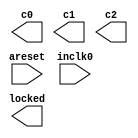
// megafunction wizard: %ALTPLL%VBB%
// GENERATION: STANDARD
// VERSION: WM1.0
// MODULE: altpll 

// ============================================================
// Megafunction Name(s):
// 			altpll
//
// Simulation Library Files(s):
// 			altera_mf
// ============================================================
// ************************************************************
// THIS IS A WIZARD-GENERATED FILE. DO NOT EDIT THIS FILE!
//
// 18.1.0 Build 625 09/12/2018 SJ Lite Edition
// ************************************************************

//Copyright (C) 2018  Intel Corporation. All rights reserved.
//Your use of Intel Corporation's design tools, logic functions 
//and other software and tools, and its AMPP partner logic 
//functions, and any output files from any of the foregoing 
//(including device programming or simulation files), and any 
//associated documentation or information are expressly subject 
//to the terms and conditions of the Intel Program License 
//Subscription Agreement, the Intel Quartus Prime License Agreement,
//the Intel FPGA IP License Agreement, or other applicable license
//agreement, including, without limitation, that your use is for
//the sole purpose of programming logic devices manufactured by
//Intel and sold by Intel or its authorized distributors.  Please
//refer to the applicable agreement for further details.

module pll (
	areset,
	inclk0,
	c0,
	c1,
	c2,
	locked);

	input	  areset;
	input	  inclk0;
	output	  c0;
	output	  c1;
	output	  c2;
	output	  locked;
`ifndef ALTERA_RESERVED_QIS
// synopsys translate_off
`endif
	tri0	  areset;
`ifndef ALTERA_RESERVED_QIS
// synopsys translate_on
`endif

endmodule

// ============================================================
// CNX file retrieval info
// ============================================================
// Retrieval info: PRIVATE: ACTIVECLK_CHECK STRING "0"
// Retrieval info: PRIVATE: BANDWIDTH STRING "1.000"
// Retrieval info: PRIVATE: BANDWIDTH_FEATURE_ENABLED STRING "1"
// Retrieval info: PRIVATE: BANDWIDTH_FREQ_UNIT STRING "MHz"
// Retrieval info: PRIVATE: BANDWIDTH_PRESET STRING "Low"
// Retrieval info: PRIVATE: BANDWIDTH_USE_AUTO STRING "1"
// Retrieval info: PRIVATE: BANDWIDTH_USE_PRESET STRING "0"
// Retrieval info: PRIVATE: CLKBAD_SWITCHOVER_CHECK STRING "0"
// Retrieval info: PRIVATE: CLKLOSS_CHECK STRING "0"
// Retrieval info: PRIVATE: CLKSWITCH_CHECK STRING "0"
// Retrieval info: PRIVATE: CNX_NO_COMPENSATE_RADIO STRING "0"
// Retrieval info: PRIVATE: CREATE_CLKBAD_CHECK STRING "0"
// Retrieval info: PRIVATE: CREATE_INCLK1_CHECK STRING "0"
// Retrieval info: PRIVATE: CUR_DEDICATED_CLK STRING "c0"
// Retrieval info: PRIVATE: CUR_FBIN_CLK STRING "c0"
// Retrieval info: PRIVATE: DEVICE_SPEED_GRADE STRING "Any"
// Retrieval info: PRIVATE: DIV_FACTOR0 NUMERIC "1"
// Retrieval info: PRIVATE: DIV_FACTOR1 NUMERIC "1"
// Retrieval info: PRIVATE: DIV_FACTOR2 NUMERIC "1"
// Retrieval info: PRIVATE: DUTY_CYCLE0 STRING "50.00000000"
// Retrieval info: PRIVATE: DUTY_CYCLE1 STRING "50.00000000"
// Retrieval info: PRIVATE: DUTY_CYCLE2 STRING "50.00000000"
// Retrieval info: PRIVATE: EFF_OUTPUT_FREQ_VALUE0 STRING "100.000000"
// Retrieval info: PRIVATE: EFF_OUTPUT_FREQ_VALUE1 STRING "100.000000"
// Retrieval info: PRIVATE: EFF_OUTPUT_FREQ_VALUE2 STRING "50.000000"
// Retrieval info: PRIVATE: EXPLICIT_SWITCHOVER_COUNTER STRING "0"
// Retrieval info: PRIVATE: EXT_FEEDBACK_RADIO STRING "0"
// Retrieval info: PRIVATE: GLOCKED_COUNTER_EDIT_CHANGED STRING "1"
// Retrieval info: PRIVATE: GLOCKED_FEATURE_ENABLED STRING "0"
// Retrieval info: PRIVATE: GLOCKED_MODE_CHECK STRING "0"
// Retrieval info: PRIVATE: GLOCK_COUNTER_EDIT NUMERIC "1048575"
// Retrieval info: PRIVATE: HAS_MANUAL_SWITCHOVER STRING "1"
// Retrieval info: PRIVATE: INCLK0_FREQ_EDIT STRING "50.000"
// Retrieval info: PRIVATE: INCLK0_FREQ_UNIT_COMBO STRING "MHz"
// Retrieval info: PRIVATE: INCLK1_FREQ_EDIT STRING "100.000"
// Retrieval info: PRIVATE: INCLK1_FREQ_EDIT_CHANGED STRING "1"
// Retrieval info: PRIVATE: INCLK1_FREQ_UNIT_CHANGED STRING "1"
// Retrieval info: PRIVATE: INCLK1_FREQ_UNIT_COMBO STRING "MHz"
// Retrieval info: PRIVATE: INTENDED_DEVICE_FAMILY STRING "MAX 10"
// Retrieval info: PRIVATE: INT_FEEDBACK__MODE_RADIO STRING "1"
// Retrieval info: PRIVATE: LOCKED_OUTPUT_CHECK STRING "1"
// Retrieval info: PRIVATE: LONG_SCAN_RADIO STRING "1"
// Retrieval info: PRIVATE: LVDS_MODE_DATA_RATE STRING "Not Available"
// Retrieval info: PRIVATE: LVDS_MODE_DATA_RATE_DIRTY NUMERIC "0"
// Retrieval info: PRIVATE: LVDS_PHASE_SHIFT_UNIT0 STRING "deg"
// Retrieval info: PRIVATE: LVDS_PHASE_SHIFT_UNIT1 STRING "deg"
// Retrieval info: PRIVATE: LVDS_PHASE_SHIFT_UNIT2 STRING "deg"
// Retrieval info: PRIVATE: MIG_DEVICE_SPEED_GRADE STRING "Any"
// Retrieval info: PRIVATE: MIRROR_CLK0 STRING "0"
// Retrieval info: PRIVATE: MIRROR_CLK1 STRING "0"
// Retrieval info: PRIVATE: MIRROR_CLK2 STRING "0"
// Retrieval info: PRIVATE: MULT_FACTOR0 NUMERIC "1"
// Retrieval info: PRIVATE: MULT_FACTOR1 NUMERIC "1"
// Retrieval info: PRIVATE: MULT_FACTOR2 NUMERIC "1"
// Retrieval info: PRIVATE: NORMAL_MODE_RADIO STRING "1"
// Retrieval info: PRIVATE: OUTPUT_FREQ0 STRING "100.00000000"
// Retrieval info: PRIVATE: OUTPUT_FREQ1 STRING "100.00000000"
// Retrieval info: PRIVATE: OUTPUT_FREQ2 STRING "50.00000000"
// Retrieval info: PRIVATE: OUTPUT_FREQ_MODE0 STRING "1"
// Retrieval info: PRIVATE: OUTPUT_FREQ_MODE1 STRING "1"
// Retrieval info: PRIVATE: OUTPUT_FREQ_MODE2 STRING "1"
// Retrieval info: PRIVATE: OUTPUT_FREQ_UNIT0 STRING "MHz"
// Retrieval info: PRIVATE: OUTPUT_FREQ_UNIT1 STRING "MHz"
// Retrieval info: PRIVATE: OUTPUT_FREQ_UNIT2 STRING "MHz"
// Retrieval info: PRIVATE: PHASE_RECONFIG_FEATURE_ENABLED STRING "1"
// Retrieval info: PRIVATE: PHASE_RECONFIG_INPUTS_CHECK STRING "0"
// Retrieval info: PRIVATE: PHASE_SHIFT0 STRING "-1.50000000"
// Retrieval info: PRIVATE: PHASE_SHIFT1 STRING "0.00000000"
// Retrieval info: PRIVATE: PHASE_SHIFT2 STRING "0.00000000"
// Retrieval info: PRIVATE: PHASE_SHIFT_STEP_ENABLED_CHECK STRING "0"
// Retrieval info: PRIVATE: PHASE_SHIFT_UNIT0 STRING "ns"
// Retrieval info: PRIVATE: PHASE_SHIFT_UNIT1 STRING "deg"
// Retrieval info: PRIVATE: PHASE_SHIFT_UNIT2 STRING "deg"
// Retrieval info: PRIVATE: PLL_ADVANCED_PARAM_CHECK STRING "0"
// Retrieval info: PRIVATE: PLL_ARESET_CHECK STRING "1"
// Retrieval info: PRIVATE: PLL_AUTOPLL_CHECK NUMERIC "1"
// Retrieval info: PRIVATE: PLL_ENHPLL_CHECK NUMERIC "0"
// Retrieval info: PRIVATE: PLL_FASTPLL_CHECK NUMERIC "0"
// Retrieval info: PRIVATE: PLL_FBMIMIC_CHECK STRING "0"
// Retrieval info: PRIVATE: PLL_LVDS_PLL_CHECK NUMERIC "0"
// Retrieval info: PRIVATE: PLL_PFDENA_CHECK STRING "0"
// Retrieval info: PRIVATE: PLL_TARGET_HARCOPY_CHECK NUMERIC "0"
// Retrieval info: PRIVATE: PRIMARY_CLK_COMBO STRING "inclk0"
// Retrieval info: PRIVATE: RECONFIG_FILE STRING "pll.mif"
// Retrieval info: PRIVATE: SACN_INPUTS_CHECK STRING "0"
// Retrieval info: PRIVATE: SCAN_FEATURE_ENABLED STRING "1"
// Retrieval info: PRIVATE: SELF_RESET_LOCK_LOSS STRING "0"
// Retrieval info: PRIVATE: SHORT_SCAN_RADIO STRING "0"
// Retrieval info: PRIVATE: SPREAD_FEATURE_ENABLED STRING "0"
// Retrieval info: PRIVATE: SPREAD_FREQ STRING "50.000"
// Retrieval info: PRIVATE: SPREAD_FREQ_UNIT STRING "KHz"
// Retrieval info: PRIVATE: SPREAD_PERCENT STRING "0.500"
// Retrieval info: PRIVATE: SPREAD_USE STRING "0"
// Retrieval info: PRIVATE: SRC_SYNCH_COMP_RADIO STRING "0"
// Retrieval info: PRIVATE: STICKY_CLK0 STRING "1"
// Retrieval info: PRIVATE: STICKY_CLK1 STRING "1"
// Retrieval info: PRIVATE: STICKY_CLK2 STRING "1"
// Retrieval info: PRIVATE: STICKY_CLK3 STRING "0"
// Retrieval info: PRIVATE: STICKY_CLK4 STRING "0"
// Retrieval info: PRIVATE: SWITCHOVER_COUNT_EDIT NUMERIC "1"
// Retrieval info: PRIVATE: SWITCHOVER_FEATURE_ENABLED STRING "1"
// Retrieval info: PRIVATE: SYNTH_WRAPPER_GEN_POSTFIX STRING "0"
// Retrieval info: PRIVATE: USE_CLK0 STRING "1"
// Retrieval info: PRIVATE: USE_CLK1 STRING "1"
// Retrieval info: PRIVATE: USE_CLK2 STRING "1"
// Retrieval info: PRIVATE: USE_CLKENA0 STRING "0"
// Retrieval info: PRIVATE: USE_CLKENA1 STRING "0"
// Retrieval info: PRIVATE: USE_CLKENA2 STRING "0"
// Retrieval info: PRIVATE: USE_MIL_SPEED_GRADE NUMERIC "0"
// Retrieval info: PRIVATE: ZERO_DELAY_RADIO STRING "0"
// Retrieval info: LIBRARY: altera_mf altera_mf.altera_mf_components.all
// Retrieval info: CONSTANT: BANDWIDTH_TYPE STRING "AUTO"
// Retrieval info: CONSTANT: CLK0_DIVIDE_BY NUMERIC "1"
// Retrieval info: CONSTANT: CLK0_DUTY_CYCLE NUMERIC "50"
// Retrieval info: CONSTANT: CLK0_MULTIPLY_BY NUMERIC "2"
// Retrieval info: CONSTANT: CLK0_PHASE_SHIFT STRING "-1500"
// Retrieval info: CONSTANT: CLK1_DIVIDE_BY NUMERIC "1"
// Retrieval info: CONSTANT: CLK1_DUTY_CYCLE NUMERIC "50"
// Retrieval info: CONSTANT: CLK1_MULTIPLY_BY NUMERIC "2"
// Retrieval info: CONSTANT: CLK1_PHASE_SHIFT STRING "0"
// Retrieval info: CONSTANT: CLK2_DIVIDE_BY NUMERIC "1"
// Retrieval info: CONSTANT: CLK2_DUTY_CYCLE NUMERIC "50"
// Retrieval info: CONSTANT: CLK2_MULTIPLY_BY NUMERIC "1"
// Retrieval info: CONSTANT: CLK2_PHASE_SHIFT STRING "0"
// Retrieval info: CONSTANT: COMPENSATE_CLOCK STRING "CLK0"
// Retrieval info: CONSTANT: INCLK0_INPUT_FREQUENCY NUMERIC "20000"
// Retrieval info: CONSTANT: INTENDED_DEVICE_FAMILY STRING "MAX 10"
// Retrieval info: CONSTANT: LPM_TYPE STRING "altpll"
// Retrieval info: CONSTANT: OPERATION_MODE STRING "NORMAL"
// Retrieval info: CONSTANT: PLL_TYPE STRING "AUTO"
// Retrieval info: CONSTANT: PORT_ACTIVECLOCK STRING "PORT_UNUSED"
// Retrieval info: CONSTANT: PORT_ARESET STRING "PORT_USED"
// Retrieval info: CONSTANT: PORT_CLKBAD0 STRING "PORT_UNUSED"
// Retrieval info: CONSTANT: PORT_CLKBAD1 STRING "PORT_UNUSED"
// Retrieval info: CONSTANT: PORT_CLKLOSS STRING "PORT_UNUSED"
// Retrieval info: CONSTANT: PORT_CLKSWITCH STRING "PORT_UNUSED"
// Retrieval info: CONSTANT: PORT_CONFIGUPDATE STRING "PORT_UNUSED"
// Retrieval info: CONSTANT: PORT_FBIN STRING "PORT_UNUSED"
// Retrieval info: CONSTANT: PORT_INCLK0 STRING "PORT_USED"
// Retrieval info: CONSTANT: PORT_INCLK1 STRING "PORT_UNUSED"
// Retrieval info: CONSTANT: PORT_LOCKED STRING "PORT_USED"
// Retrieval info: CONSTANT: PORT_PFDENA STRING "PORT_UNUSED"
// Retrieval info: CONSTANT: PORT_PHASECOUNTERSELECT STRING "PORT_UNUSED"
// Retrieval info: CONSTANT: PORT_PHASEDONE STRING "PORT_UNUSED"
// Retrieval info: CONSTANT: PORT_PHASESTEP STRING "PORT_UNUSED"
// Retrieval info: CONSTANT: PORT_PHASEUPDOWN STRING "PORT_UNUSED"
// Retrieval info: CONSTANT: PORT_PLLENA STRING "PORT_UNUSED"
// Retrieval info: CONSTANT: PORT_SCANACLR STRING "PORT_UNUSED"
// Retrieval info: CONSTANT: PORT_SCANCLK STRING "PORT_UNUSED"
// Retrieval info: CONSTANT: PORT_SCANCLKENA STRING "PORT_UNUSED"
// Retrieval info: CONSTANT: PORT_SCANDATA STRING "PORT_UNUSED"
// Retrieval info: CONSTANT: PORT_SCANDATAOUT STRING "PORT_UNUSED"
// Retrieval info: CONSTANT: PORT_SCANDONE STRING "PORT_UNUSED"
// Retrieval info: CONSTANT: PORT_SCANREAD STRING "PORT_UNUSED"
// Retrieval info: CONSTANT: PORT_SCANWRITE STRING "PORT_UNUSED"
// Retrieval info: CONSTANT: PORT_clk0 STRING "PORT_USED"
// Retrieval info: CONSTANT: PORT_clk1 STRING "PORT_USED"
// Retrieval info: CONSTANT: PORT_clk2 STRING "PORT_USED"
// Retrieval info: CONSTANT: PORT_clk3 STRING "PORT_UNUSED"
// Retrieval info: CONSTANT: PORT_clk4 STRING "PORT_UNUSED"
// Retrieval info: CONSTANT: PORT_clk5 STRING "PORT_UNUSED"
// Retrieval info: CONSTANT: PORT_clkena0 STRING "PORT_UNUSED"
// Retrieval info: CONSTANT: PORT_clkena1 STRING "PORT_UNUSED"
// Retrieval info: CONSTANT: PORT_clkena2 STRING "PORT_UNUSED"
// Retrieval info: CONSTANT: PORT_clkena3 STRING "PORT_UNUSED"
// Retrieval info: CONSTANT: PORT_clkena4 STRING "PORT_UNUSED"
// Retrieval info: CONSTANT: PORT_clkena5 STRING "PORT_UNUSED"
// Retrieval info: CONSTANT: PORT_extclk0 STRING "PORT_UNUSED"
// Retrieval info: CONSTANT: PORT_extclk1 STRING "PORT_UNUSED"
// Retrieval info: CONSTANT: PORT_extclk2 STRING "PORT_UNUSED"
// Retrieval info: CONSTANT: PORT_extclk3 STRING "PORT_UNUSED"
// Retrieval info: CONSTANT: SELF_RESET_ON_LOSS_LOCK STRING "OFF"
// Retrieval info: CONSTANT: WIDTH_CLOCK NUMERIC "5"
// Retrieval info: USED_PORT: @clk 0 0 5 0 OUTPUT_CLK_EXT VCC "@clk[4..0]"
// Retrieval info: USED_PORT: areset 0 0 0 0 INPUT GND "areset"
// Retrieval info: USED_PORT: c0 0 0 0 0 OUTPUT_CLK_EXT VCC "c0"
// Retrieval info: USED_PORT: c1 0 0 0 0 OUTPUT_CLK_EXT VCC "c1"
// Retrieval info: USED_PORT: c2 0 0 0 0 OUTPUT_CLK_EXT VCC "c2"
// Retrieval info: USED_PORT: inclk0 0 0 0 0 INPUT_CLK_EXT GND "inclk0"
// Retrieval info: USED_PORT: locked 0 0 0 0 OUTPUT GND "locked"
// Retrieval info: CONNECT: @areset 0 0 0 0 areset 0 0 0 0
// Retrieval info: CONNECT: @inclk 0 0 1 1 GND 0 0 0 0
// Retrieval info: CONNECT: @inclk 0 0 1 0 inclk0 0 0 0 0
// Retrieval info: CONNECT: c0 0 0 0 0 @clk 0 0 1 0
// Retrieval info: CONNECT: c1 0 0 0 0 @clk 0 0 1 1
// Retrieval info: CONNECT: c2 0 0 0 0 @clk 0 0 1 2
// Retrieval info: CONNECT: locked 0 0 0 0 @locked 0 0 0 0
// Retrieval info: GEN_FILE: TYPE_NORMAL pll.v TRUE
// Retrieval info: GEN_FILE: TYPE_NORMAL pll.ppf TRUE
// Retrieval info: GEN_FILE: TYPE_NORMAL pll.inc FALSE
// Retrieval info: GEN_FILE: TYPE_NORMAL pll.cmp FALSE
// Retrieval info: GEN_FILE: TYPE_NORMAL pll.bsf FALSE
// Retrieval info: GEN_FILE: TYPE_NORMAL pll_inst.v FALSE
// Retrieval info: GEN_FILE: TYPE_NORMAL pll_bb.v TRUE
// Retrieval info: LIB_FILE: altera_mf
// Retrieval info: CBX_MODULE_PREFIX: ON